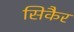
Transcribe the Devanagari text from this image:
सिकैर